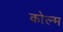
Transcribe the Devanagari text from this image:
कोल्म